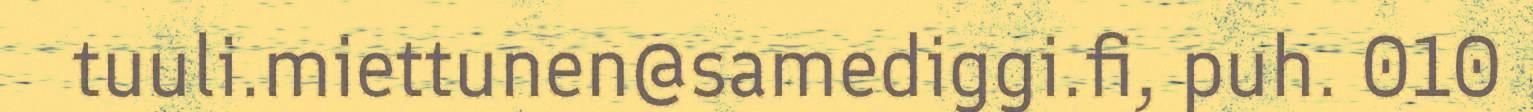
tuuli.miettunen@samediggi.fi, puh. 010